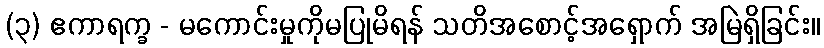
(၃) ဧကာရက္ခ - မကောင်းမှုကိုမပြုမိရန် သတိအစောင့်အရှောက် အမြဲရှိခြင်း။